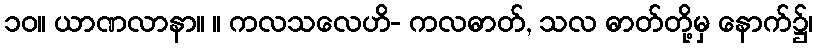
၁၀။ ယာဏလာနာ။ ။ ကလသလေဟိ- ကလဓာတ်, သလ ဓာတ်တို့မှ နောက်၌၊